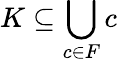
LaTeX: K\subseteq\bigcup_{c\in F}c